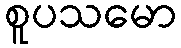
စူပသမော